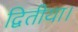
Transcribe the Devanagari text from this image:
द्वितीया।